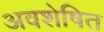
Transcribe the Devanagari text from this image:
अवशेषित